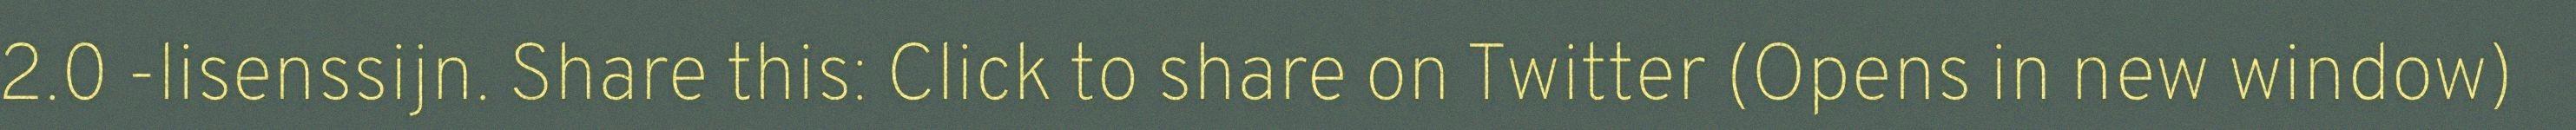
2.0 -lisenssijn. Share this: Click to share on Twitter (Opens in new window)